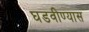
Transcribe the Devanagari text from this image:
घडवीण्यास